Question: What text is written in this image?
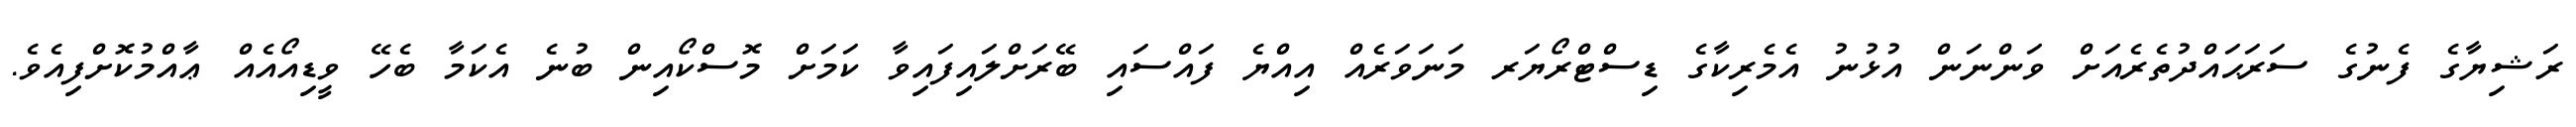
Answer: ރަޝިޔާގެ ފެނުގެ ސަރަޙައްދުތެރެއަށް ވަންނަން އުޅުނު އެމެރިކާގެ ޑިސްޓްރޯޔަރ މަނަވަރެއް އިއްޔެ ފައްސައި ބޭރަށްލައިފައިވާ ކަމަށް މޮސްކޯއިން ބުނެ އެކަމާ ބެހޭ ވީޑިއޯއެއް ޢާއްމުކޮށްފިއެވެ.